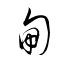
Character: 甸